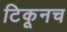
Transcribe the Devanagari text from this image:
टिकूनच